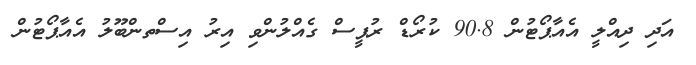
އަދި ދިއްލީ އެއާޕޯޓުން 90.8 ކުރޯޑް ރުޕީސް ގެއްލުންވި އިރު އިސްތންބޫލު އެއާޕޯޓުން